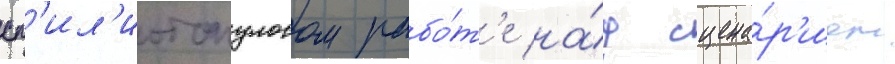
сп'ил'иотопулосом рабо́т'е на́д сцена́р'ием